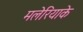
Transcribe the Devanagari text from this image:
मलेरियाके